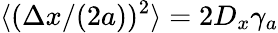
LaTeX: \langle(\Delta x/(2a))^{2}\rangle=2D_{x}\gamma_{a}